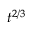
t ^ { 2 / 3 }